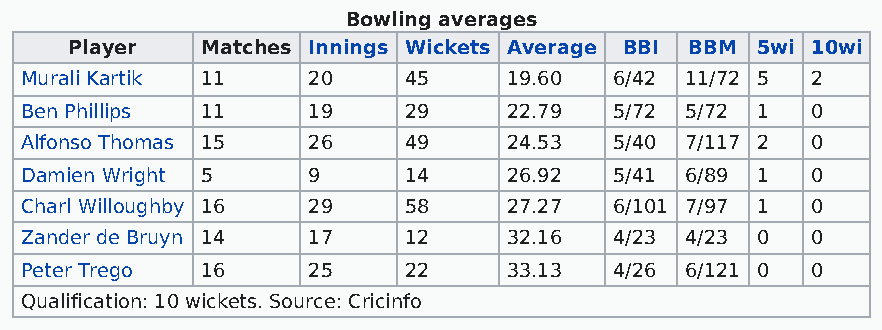
Bowling averages
 Player  Matches Innings Wickets Average BBI BBM 5wi 10wi
 Murali Kartik 11   20     45     19.60  6/42 11/72 5 2
 Ben Phillips 11    19     29     22.79  5/72 5/72 1  0
 Alfonso Thomas 15  26     49     24.53  5/40 7/117 2 0
 Damien Wright 5    9      14     26.92  5/41 6/89 1  0
 Charl Willoughby 16 29    58     27.27  6/101 7/97 1 0
 Zander de Bruyn 14 17     12     32.16  4/23 4/23 0  0
 Peter Trego 16     25     22     33.13  4/26 6/121 0 0
 Qualification: 10 wickets. Source: Cricinfo